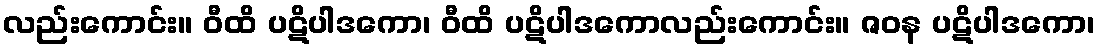
လည်းကောင်း။ ဝီထိ ပဋိပါဒကော၊ ဝီထိ ပဋိပါဒကောလည်းကောင်း။ ဇဝန ပဋိပါဒကော၊